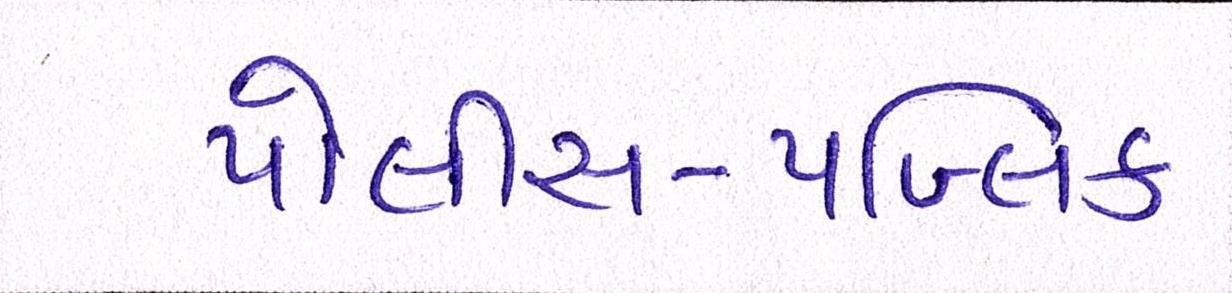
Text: પોલીસ-પબ્લિક